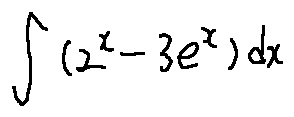
\int ( 2 ^ { x } - 3 e ^ { x } ) d x